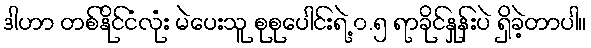
ဒါဟာ တစ်နိုင်ငံလုံး မဲပေးသူ စုစုပေါင်းရဲ့ ၀.၅ ရာခိုင်နှုန်းပဲ ရှိခဲ့တာပါ။